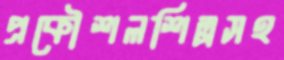
প্রকৌশলশিল্পসহ